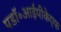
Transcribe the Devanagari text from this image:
पडॉ॰आईपीकेएफ